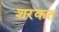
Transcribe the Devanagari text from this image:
शरकत